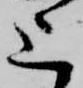
上